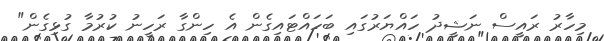
މިހާރު ރައީސް ނަޝީދު ހައްޔަރުގައި ބަހައްޓައިގެން އެ ހިންގާ ރަހީނު ކުރުމާ ގުޅިގެން"